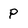
Character: P